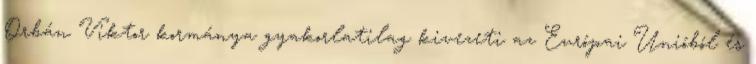
Orbán Viktor kormánya gyakorlatilag kivezeti az Európai Unióból és